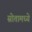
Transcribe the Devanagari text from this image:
स्रोतामध्ये